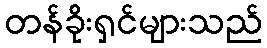
တန်ခိုးရှင်များသည်